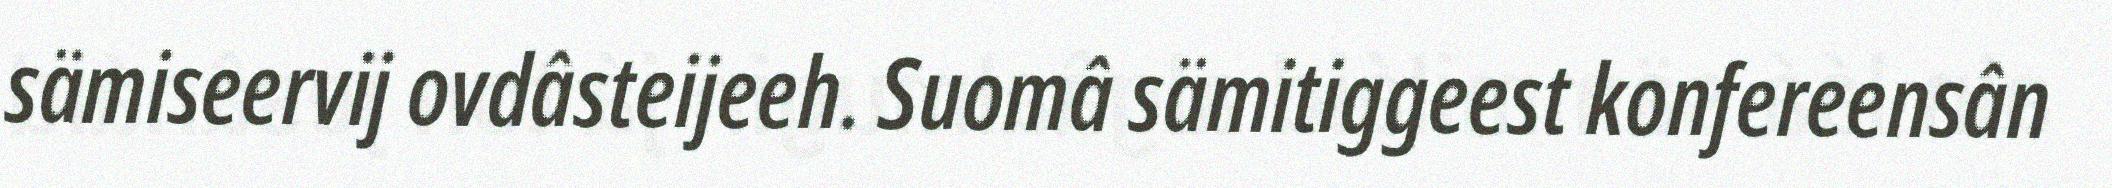
sämiseervij ovdâsteijeeh. Suomâ sämitiggeest konfereensân